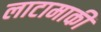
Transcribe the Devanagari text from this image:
लाटामाकी